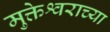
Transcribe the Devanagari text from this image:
मुक्तेश्वराच्या